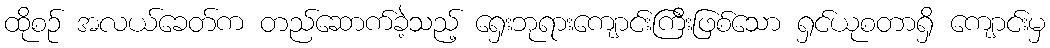
ထိုစဉ် အလယ်ခေတ်က တည်ဆောက်ခဲ့သည့် ရှေးဘုရားကျောင်းကြီးဖြစ်သော ရှင်ယုစတာရှိ ကျောင်းမှ